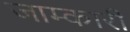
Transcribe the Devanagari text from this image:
जाम्कारी